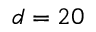
d = 2 0